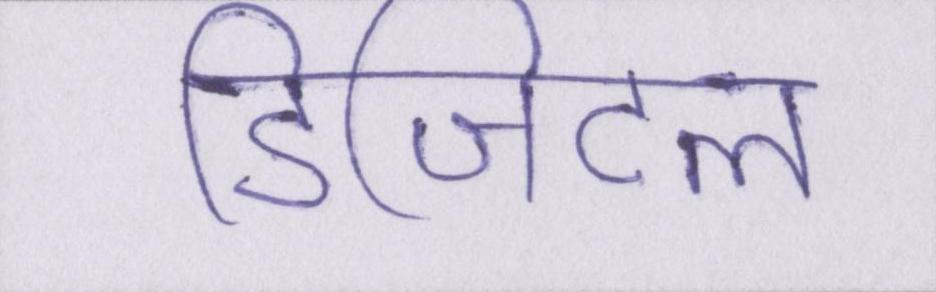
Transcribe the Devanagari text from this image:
डिजिटल